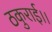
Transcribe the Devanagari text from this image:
ठकुराई।।